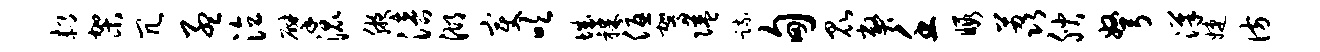
郝架冗孟泣擘混腋涪湖变吹城裸优驾隘疏甸昆弊壬暇荔腴弩汉婕彷